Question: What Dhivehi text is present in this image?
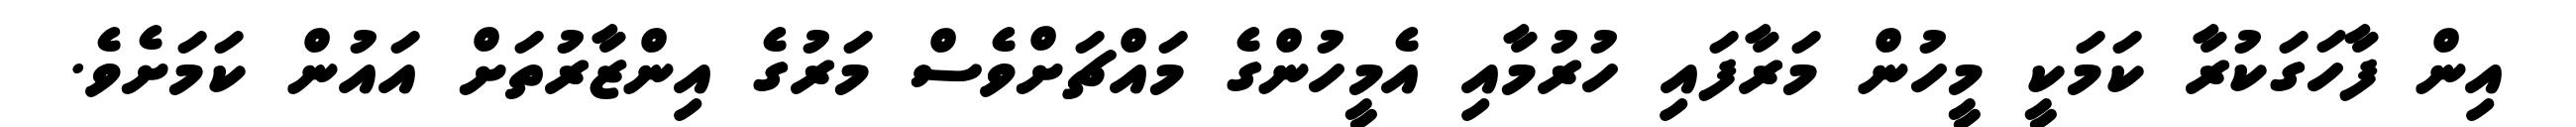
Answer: އިން ފާހަގަކުރާ ކަމަކީ މީހުން މަރާފައި ހުރުމާއި އެމީހުންގެ މައްޗަށްވެސް މަރުގެ އިންޒާރުތަށް އައުން ކަމަށެވެ.